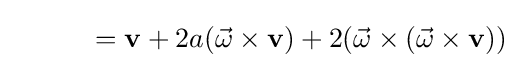
{\phantom {q\mathbf {v} q^{-1}}}=\mathbf {v} +2a({\vec {\omega }}\times \mathbf {v} )+2({\vec {\omega }}\times ({\vec {\omega }}\times \mathbf {v} ))